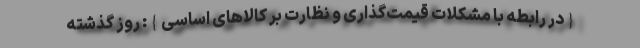
{در رابطه با مشکلات قیمت‌گذاری و نظارت بر کالاهای اساسی}: روز گذشته